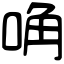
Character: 唃